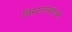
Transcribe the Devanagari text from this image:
विस्टलब्लोअर